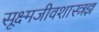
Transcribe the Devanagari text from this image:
सूक्ष्मजीवशास्त्रज्ञ